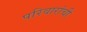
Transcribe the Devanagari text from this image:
परिवारांची